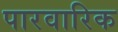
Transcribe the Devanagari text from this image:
पारवारिक